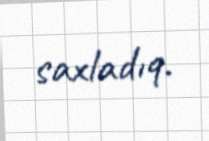
saxladıq.